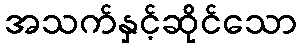
အသက်နှင့်ဆိုင်သော